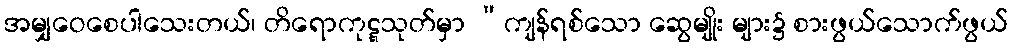
အမျှဝေစေပါသေးတယ်၊ တိရောကုဋ္ဋသုတ်မှာ “ကျန်ရစ်သော ဆွေမျိုး များ၌ စားဖွယ်သောက်ဖွယ်